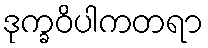
ဒုက္ခဝိပါကတရာ